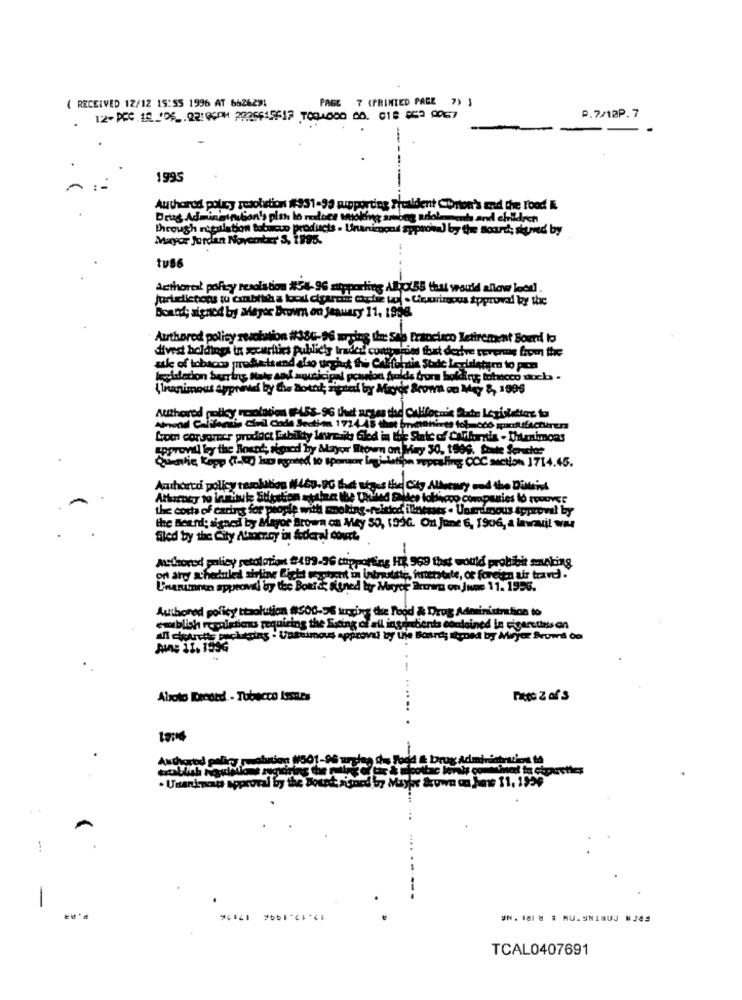
PAGE 7 (PRINTED PAGE ?) J
( RECEIVED 12/12 15:55 1996 AT 6626291
P.7/10P.7
-
1995
Authordd policy resolution (951-99 supporting President Chorton's and the Food i
through regulation totuicuo products . Unart
pond Spprowww) by the Board; signed by
Mayor Jurdan November S, 1995.
tus6
Acthorel poftey resolution #54-96 supporting Alic(55 that would allow lood .
Juridictions tu canbith a loou cigaret excise to . Uruurimous approved by the
Board; signed by Meyer Brown on january 11, 1998.
Authored polisy resolution #380-96 wrsing In Sao Francisco Retirement Boerd to
divest holdings in securities publicly traded custoeries that derive tevere from the
kweisecion buring Rats and municipal ponson fulde bora holde tobacco auch .
Unanimous ayprinid by the both; richard by Mayor &com on Mey &, 1996
Authored policy noolation #458.96 that arges the California Bude Legislation to
Wrot corsorecr prodoct Lubiky lavreais Gled in the State of Carhornis - Unimons
Approvil by the Bound, signed by Alayor Brown on May 30, 1996. Date Sendoe
Queavtic Kopp (1-0g kus wanted to sporor legislation repealing COC section 1714.45.
Authored policy tesolation ( 467.90 Budt siges the City Allemry and the District
Arturocy to inminute Stration stalna the thuled Nice tobicop companies to recover
the cost of carires for people with moking-related illnesses . Ungramous Approval by
the Beund; signed by Mayoe Brown on Mey 59, 150G. On June 6, 1906, a lavavil will
filed by the City Atmoency in federal court.
-
Audeorod policy retolotion $499-36 chipporting HR 969 that would prohibit smoking
or ary scheduled sirling fight Foutent m intrestste, interstate, or foreign air travel .
Unanumren approval by the Boki de signed by Myc ärten on Juas 11.1956.
Authored policy ttaolution #500-56 kury
the Food & Drug Administration to
emblich repairtions requiring the Sting of all ingredients contained in cigarettes on
Abroto Record - Tobacco Issues
. Unanincsts sopcoral by the boxest
*N. 181 8 # MUASINIMUJ N243
TCAL0407691